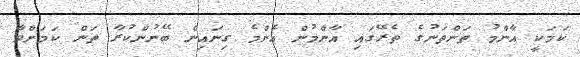
ކަމަކީ އާންމު ތަންތަނުގެ ތެރޭގައި އާންމުން އެންމެ ގިނައިން ބޭނުންކުރާ ތަން ކަމަށްވާ